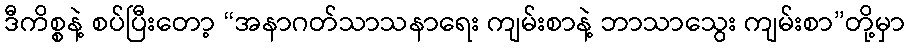
ဒီကိစ္စနဲ့ စပ်ပြီးတော့ “အနာဂတ်သာသနာရေး ကျမ်းစာနဲ့ ဘာသာသွေး ကျမ်းစာ”တို့မှာ